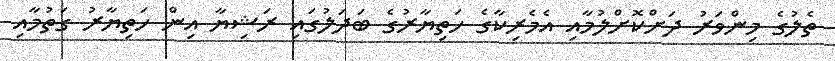
ތެލުގެ މިންވަރު ދަށްކޮށްލުމާއި އެމެރިކާގެ ހަތިޔާރުގެ ބަދަލުގައި ރަޝިޔާ އިން ހަތިޔާރު ގަތުމާއި